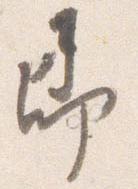
即